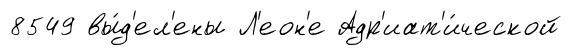
8549 вы́д'ел'ены Л'еон'е Адр'иат'и́ческой